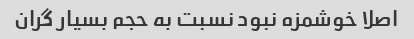
اصلا خوشمزه نبود نسبت به حجم بسیار گران